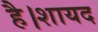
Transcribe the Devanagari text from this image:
है।शायद